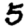
Digit: 5